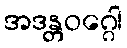
အဒန္တဝဂ္ဂေါ